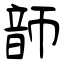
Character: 韴